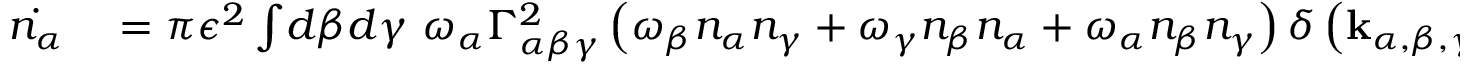
\begin{array} { r l } { \dot { n _ { \alpha } } } & { { } = \pi \epsilon ^ { 2 } \int \! d \beta d \gamma \ \omega _ { \alpha } \Gamma _ { \alpha \beta \gamma } ^ { 2 } \left( \omega _ { \beta } n _ { \alpha } n _ { \gamma } + \omega _ { \gamma } n _ { \beta } n _ { \alpha } + \omega _ { \alpha } n _ { \beta } n _ { \gamma } \right) \delta \left( \mathbf { k } _ { \alpha , \beta , \gamma } \right) \delta \left( \Omega _ { \alpha \beta \gamma } \right) . } \end{array}